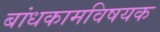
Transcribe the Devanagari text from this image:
बांधकामविषयक